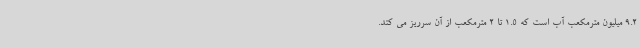
9.2 میلیون مترمکعب آب است که 1.5 تا 2 مترمکعب از آن سرریز می کند.